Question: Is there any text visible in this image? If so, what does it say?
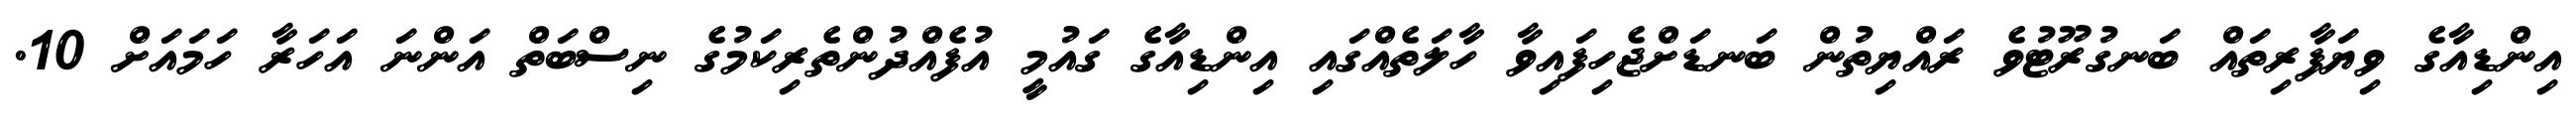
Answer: އިންޑިއާގެ ވިޔަފާރިތައް ބަނގުރޫޓުވެ ރައްޔިތުން ބަނޑަށްޖެހިފައިވާ ހާލަތެއްގައި އިންޑިއާގެ ގައުމީ އުފެއްދުންތެރިކަމުގެ ނިސްބަތް އަންނަ އަހަރާ ހަމައަށް 10.